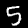
Label: 5